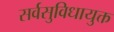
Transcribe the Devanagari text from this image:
सर्वसुविधायुक्त